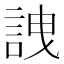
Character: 䛖